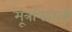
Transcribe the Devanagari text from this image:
मूत्रपिंडाची